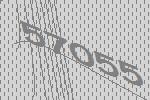
57055